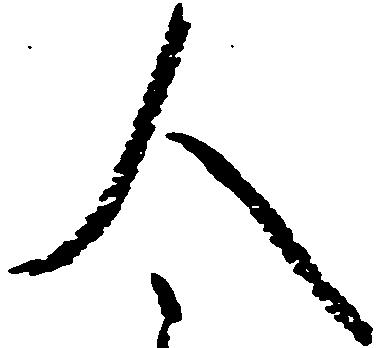
人